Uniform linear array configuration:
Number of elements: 16
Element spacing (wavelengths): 1
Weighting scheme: binomial
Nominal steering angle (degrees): -60
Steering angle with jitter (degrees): -60.674
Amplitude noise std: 0.05
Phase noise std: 0.05

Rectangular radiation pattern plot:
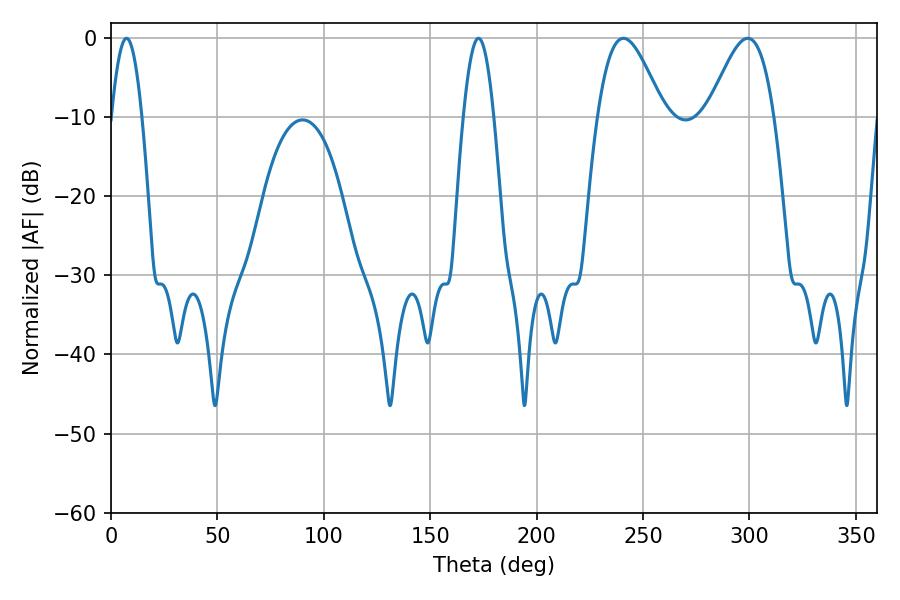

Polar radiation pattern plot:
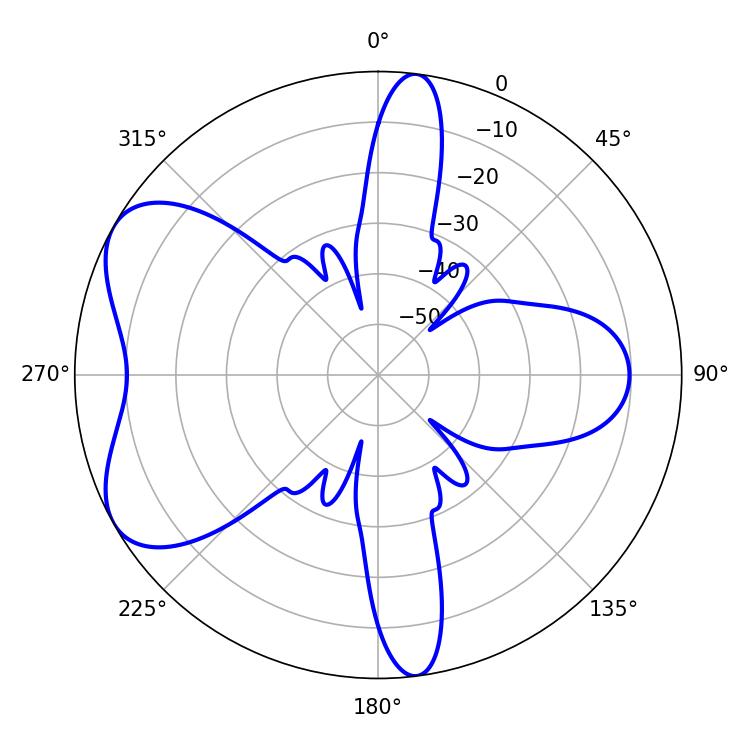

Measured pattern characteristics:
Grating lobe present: TRUE
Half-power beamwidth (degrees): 16.56
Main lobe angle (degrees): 240.84